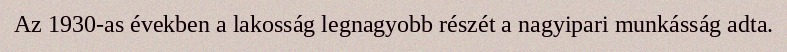
Az 1930-as években a lakosság legnagyobb részét a nagyipari munkásság adta.